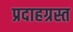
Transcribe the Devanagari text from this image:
प्रदाहग्रस्त